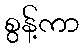
စွန့်ကာ